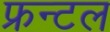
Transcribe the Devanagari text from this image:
फ्रन्‍टल